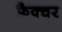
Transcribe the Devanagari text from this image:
फ़ैक्चर